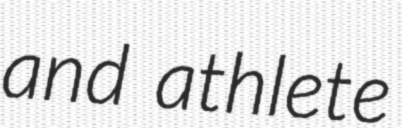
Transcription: and athlete